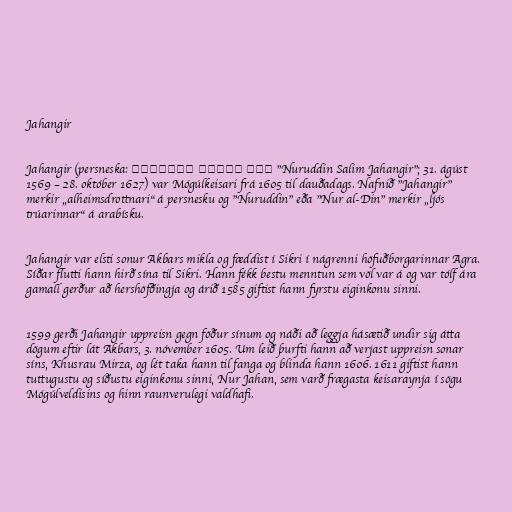
Jahangir

Jahangir (persneska: نور الدین جهانگیر "Nuruddin Salim Jahangir"; 31. ágúst
1569 – 28. október 1627) var Mógúlkeisari frá 1605 til dauðadags. Nafnið "Jahangir"
merkir „alheimsdrottnari“ á persnesku og "Nuruddin" eða "Nur al-Din" merkir „ljós
trúarinnar“ á arabísku.

Jahangir var elsti sonur Akbars mikla og fæddist í Sikri í nágrenni höfuðborgarinnar Agra.
Síðar flutti hann hirð sína til Sikri. Hann fékk bestu menntun sem völ var á og var tólf ára
gamall gerður að hershöfðingja og árið 1585 giftist hann fyrstu eiginkonu sinni.

1599 gerði Jahangir uppreisn gegn föður sínum og náði að leggja hásætið undir sig átta
dögum eftir lát Akbars, 3. nóvember 1605. Um leið þurfti hann að verjast uppreisn sonar
síns, Khusrau Mirza, og lét taka hann til fanga og blinda hann 1606. 1611 giftist hann
tuttugustu og síðustu eiginkonu sinni, Nur Jahan, sem varð frægasta keisaraynja í sögu
Mógúlveldisins og hinn raunverulegi valdhafi.